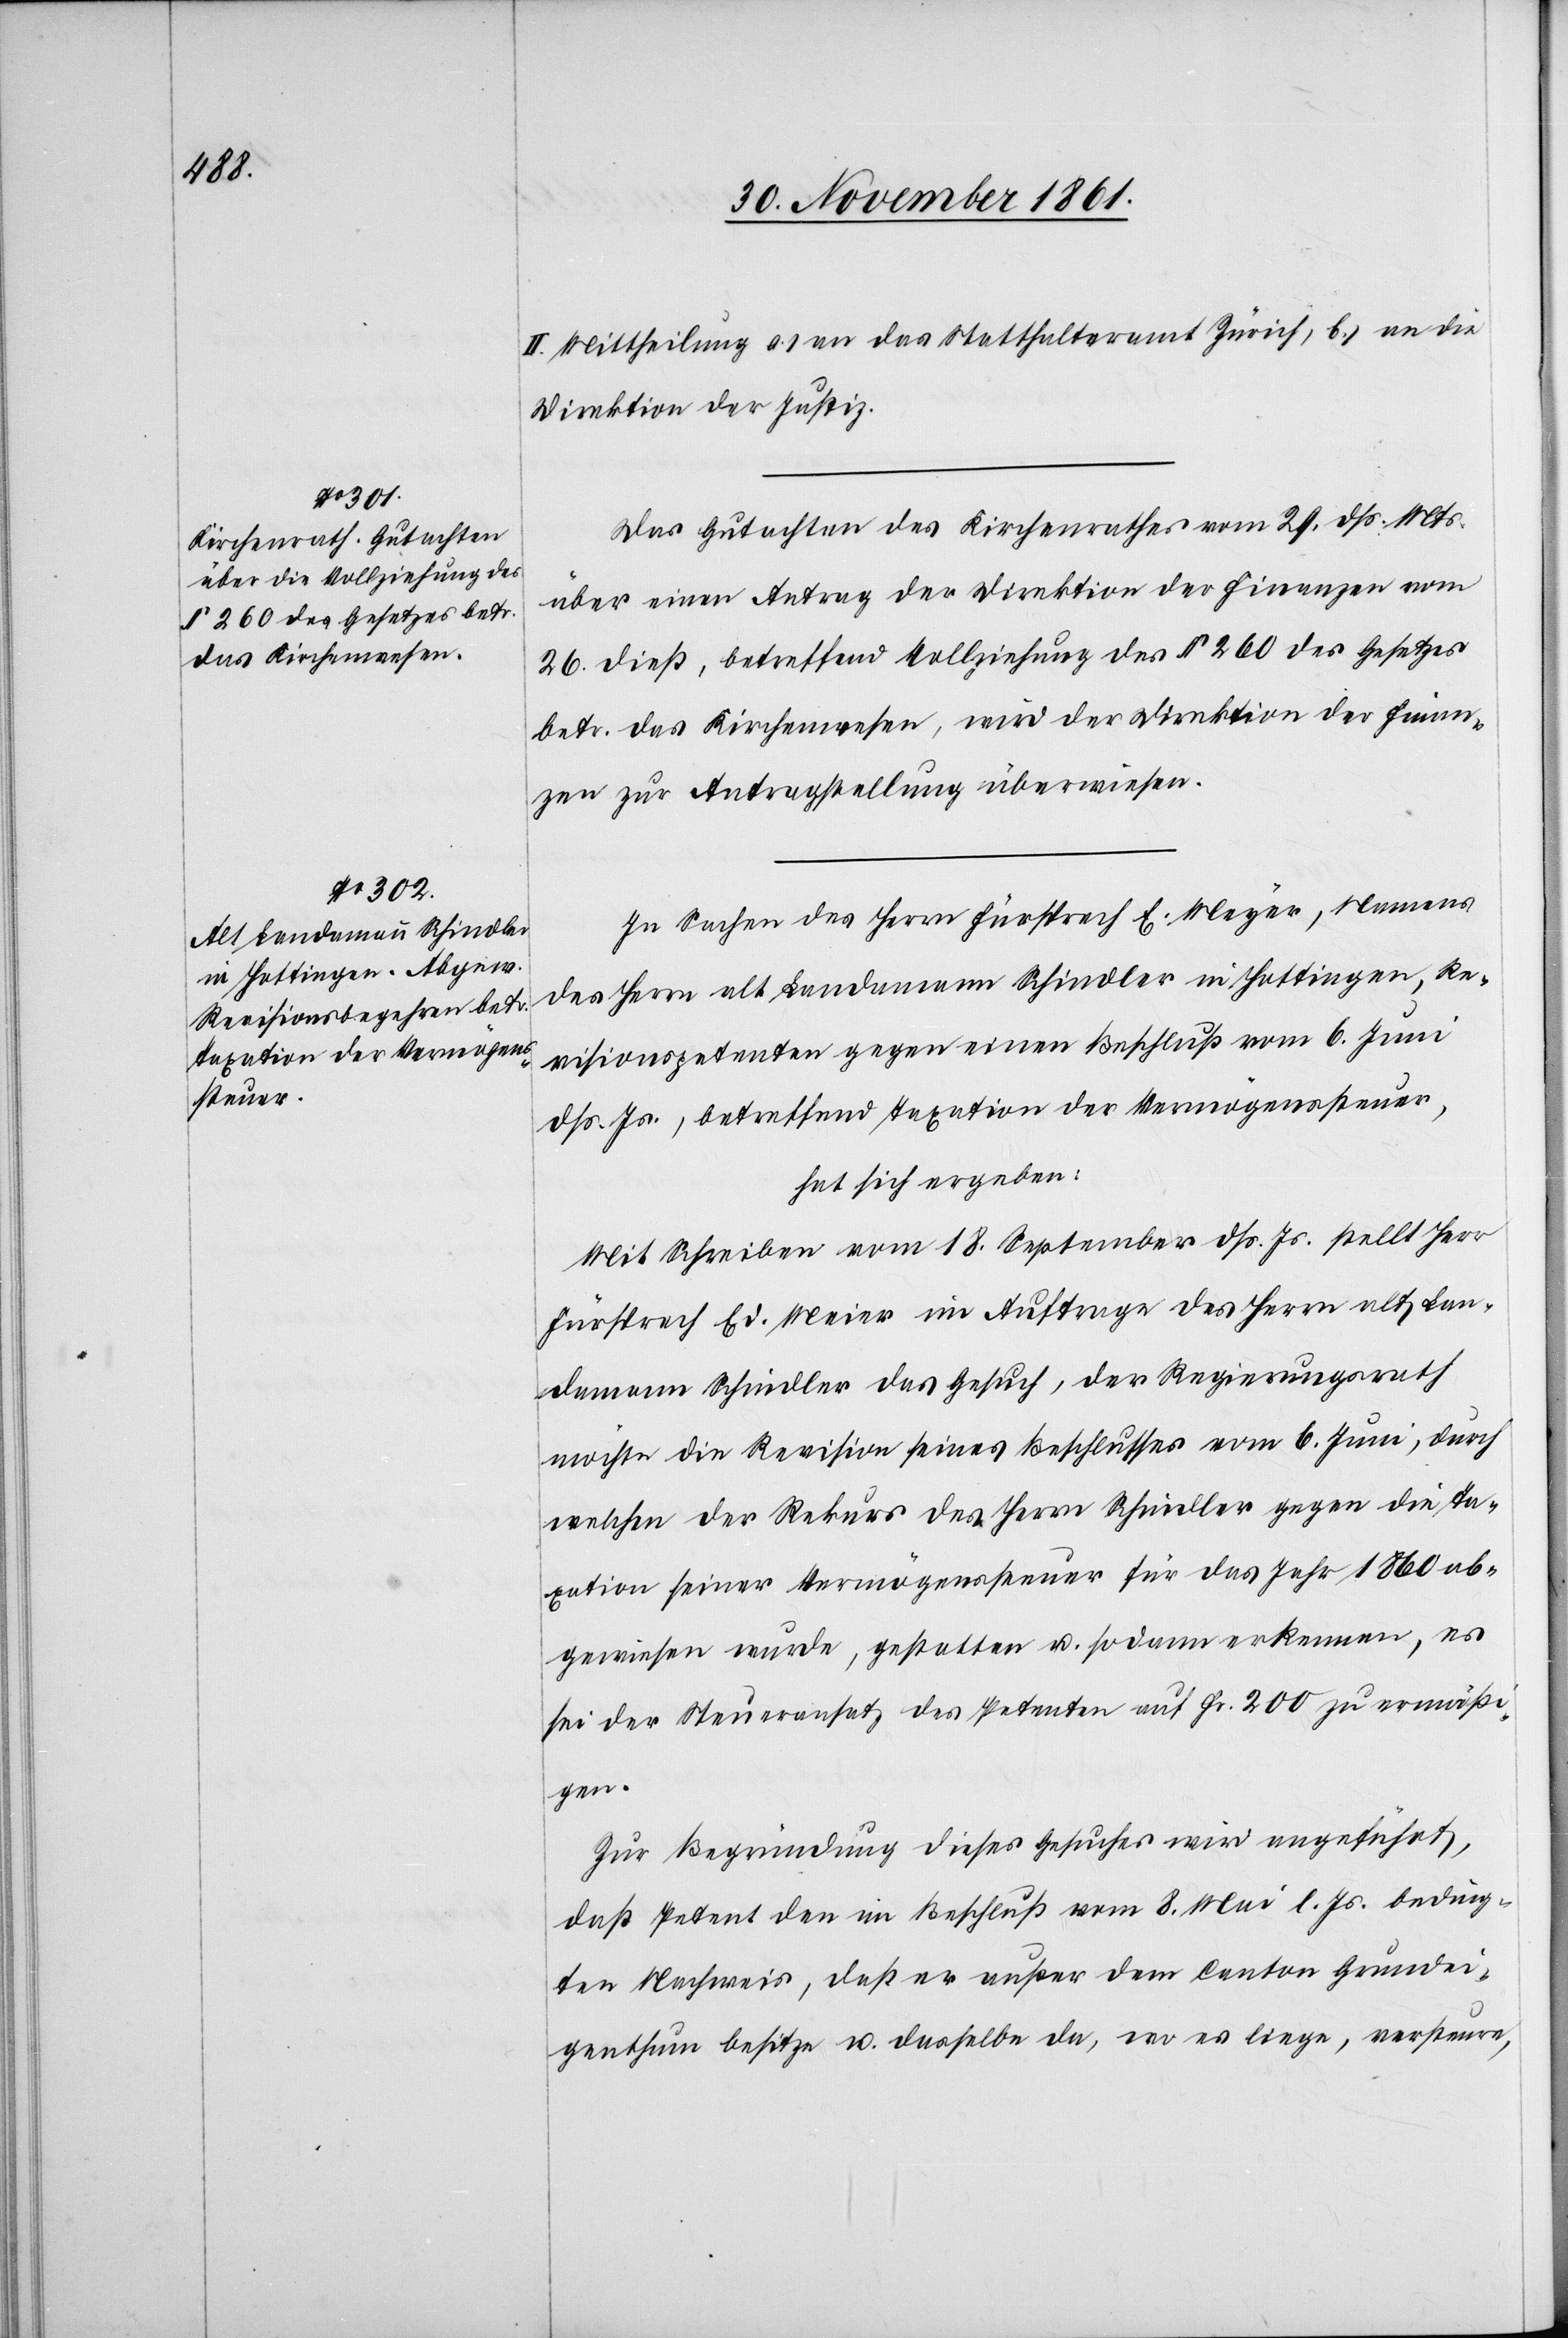
II. Mittheilung a.) an das Statthalteramt Zürich, b.) an die
Direktion der Justiz.
Das Gutachten des Kirchenrathes vom 29 dß. Mts.
über einen Antrag der Direktion der Finanzen vom
26 dieß, betreffend Vollziehung des § 260 des Gesetzes
betr. das Kirchenwesen, wird der Direktion der Finan¬
zen zur Antragstellung überwiesen.
In Sachen des Herrn Fürsprech E. Meyer, Namens
des Herrn alt Landamann Schindler in Hottingen, Re¬
visionspetenten gegen einen Beschluß vom 6 Juni
dß. Js., betreffend Taxation der Vermögenssteuer,
hat sich ergeben:
Mit Schreiben vom 18 September dß. Js. stellt Herr
Fürsprech Ed. Meier im Auftrage des Herrn Lan¬
damann Schindler das Gesuch, der Regierungsrath
möchte die Revision seines Beschlusses vom 6 Juni, durch
welchen der Rekurs des Herrn Schindler gegen die Ta¬
xation seiner Vermögenssteuer für das Jahr 1860 ab¬
gewiesen wurde, gestatten u. sodann erkennen, es
sei der Steueransatz des Petenten auf Fr. 200 zu ermäßi¬
gen.
Zur Begründung dieses Gesuches wird angeführt,
daß Petent den im Beschluß vom 8 Mai l. Js. beding¬
ten Nachweis, daß er außer dem Canton Grundei¬
genthum besitze u. dasselbe da, wo es liege, versteuere,